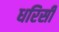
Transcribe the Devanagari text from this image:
धरिसी